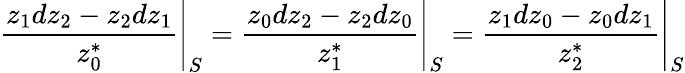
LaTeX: \left.{\frac{z_{1}dz_{2}-z_{2}dz_{1}}{z_{0}^{*}}}\right|_{S}=\left.{\frac{z_{0}dz_{2}-z_{2}dz_{0}}{z_{1}^{*}}}\right|_{S}=\left.{\frac{z_{1}dz_{0}-z_{0}dz_{1}}{z_{2}^{*}}}\right|_{S}